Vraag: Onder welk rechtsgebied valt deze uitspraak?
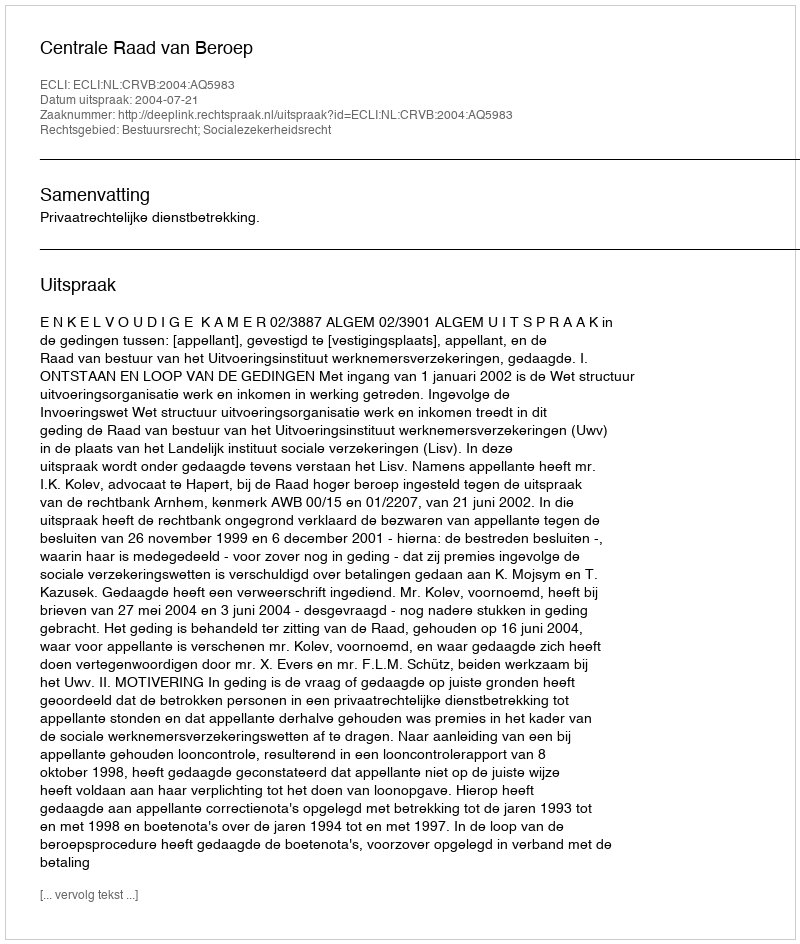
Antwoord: Bestuursrecht; Socialezekerheidsrecht